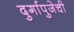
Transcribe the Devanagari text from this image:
दुर्गापुजेची